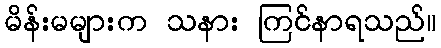
မိန်းမများက သနား ကြင်နာရသည်။